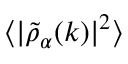
\langle | \widetilde { \rho } _ { \alpha } ( \boldsymbol { k } ) | ^ { 2 } \rangle